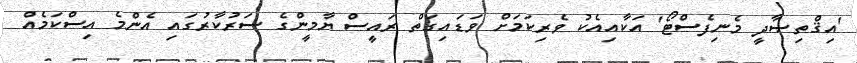
'އިޤްތިޞާދީ މެނިފެސްޓޯ' އަކާއިއެކު ވެރިކަމަށް ވަޑައިގަތް ރައީސް ޔާމީންގެ ސަރުކާރުގައި އެންމެ އިސްކަމެއް